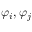
\varphi _ { i } , \varphi _ { j }